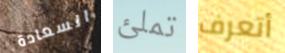
السعادة تملئ أتعرف